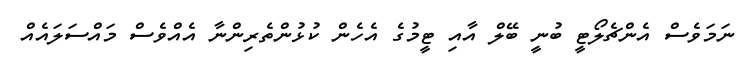
ނަމަވެސް އެންޗެލޯޓީ ބުނީ ބޭލް އާއި ޓީމުގެ އެހެން ކުޅުންތެރިންނާ އެއްވެސް މައްސަލައެއް